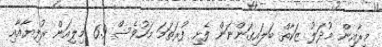
މީރާއިން މުދަލު ޒަކާތް ބަލައިގަންނަން ފެށި ފުރަތަމަ މަހުވެސް 6.9 މިލިއަން ރުފިޔާއާއި